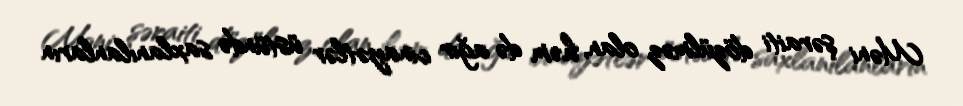
Məni şəraiti dözülməz olan, həm də ağır cinayətlər üstündə saxlanılanların